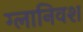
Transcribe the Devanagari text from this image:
ग्लानिवश